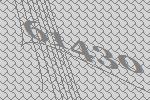
61430